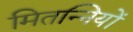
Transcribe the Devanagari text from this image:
मितन्नियों